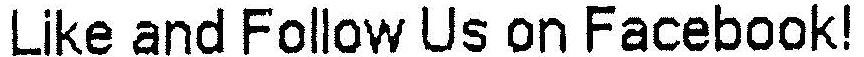
LIKE AND FOLLOW US ON FACEBOOK!